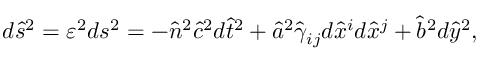
d \hat { s } ^ { 2 } = \varepsilon ^ { 2 } d s ^ { 2 } = - \hat { n } ^ { 2 } \hat { c } ^ { 2 } d \hat { t } ^ { 2 } + \hat { a } ^ { 2 } \hat { \gamma } _ { i j } d \hat { x } ^ { i } d \hat { x } ^ { j } + \hat { b } ^ { 2 } d \hat { y } ^ { 2 } ,